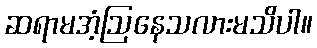
ဆရာမအံ့ဩနေသလားမသိပါ။